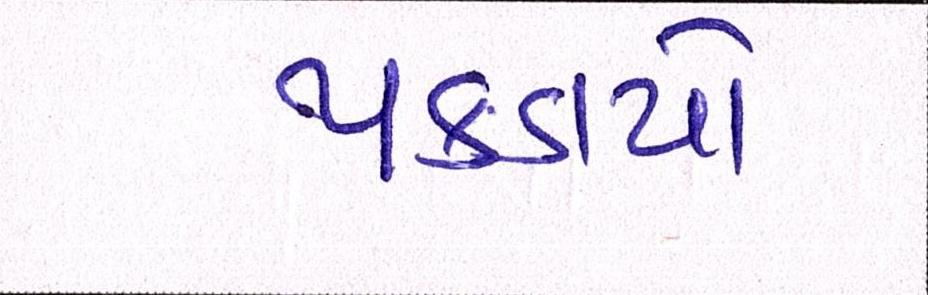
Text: પકડાયો